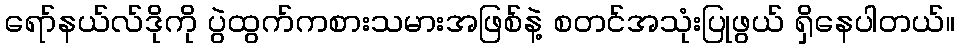
ရော်နယ်လ်ဒိုကို ပွဲထွက်ကစားသမားအဖြစ်နဲ့ စတင်အသုံးပြုဖွယ် ရှိနေပါတယ်။